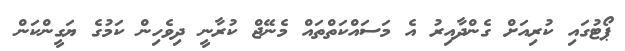
ޕޯޓުގައި ކުރިއަށް ގެންދާއިރު އެ މަސައްކަތްތައް މެނޭޖް ކުރާނީ ދިވެހިން ކަމުގެ ޔަގީންކަން